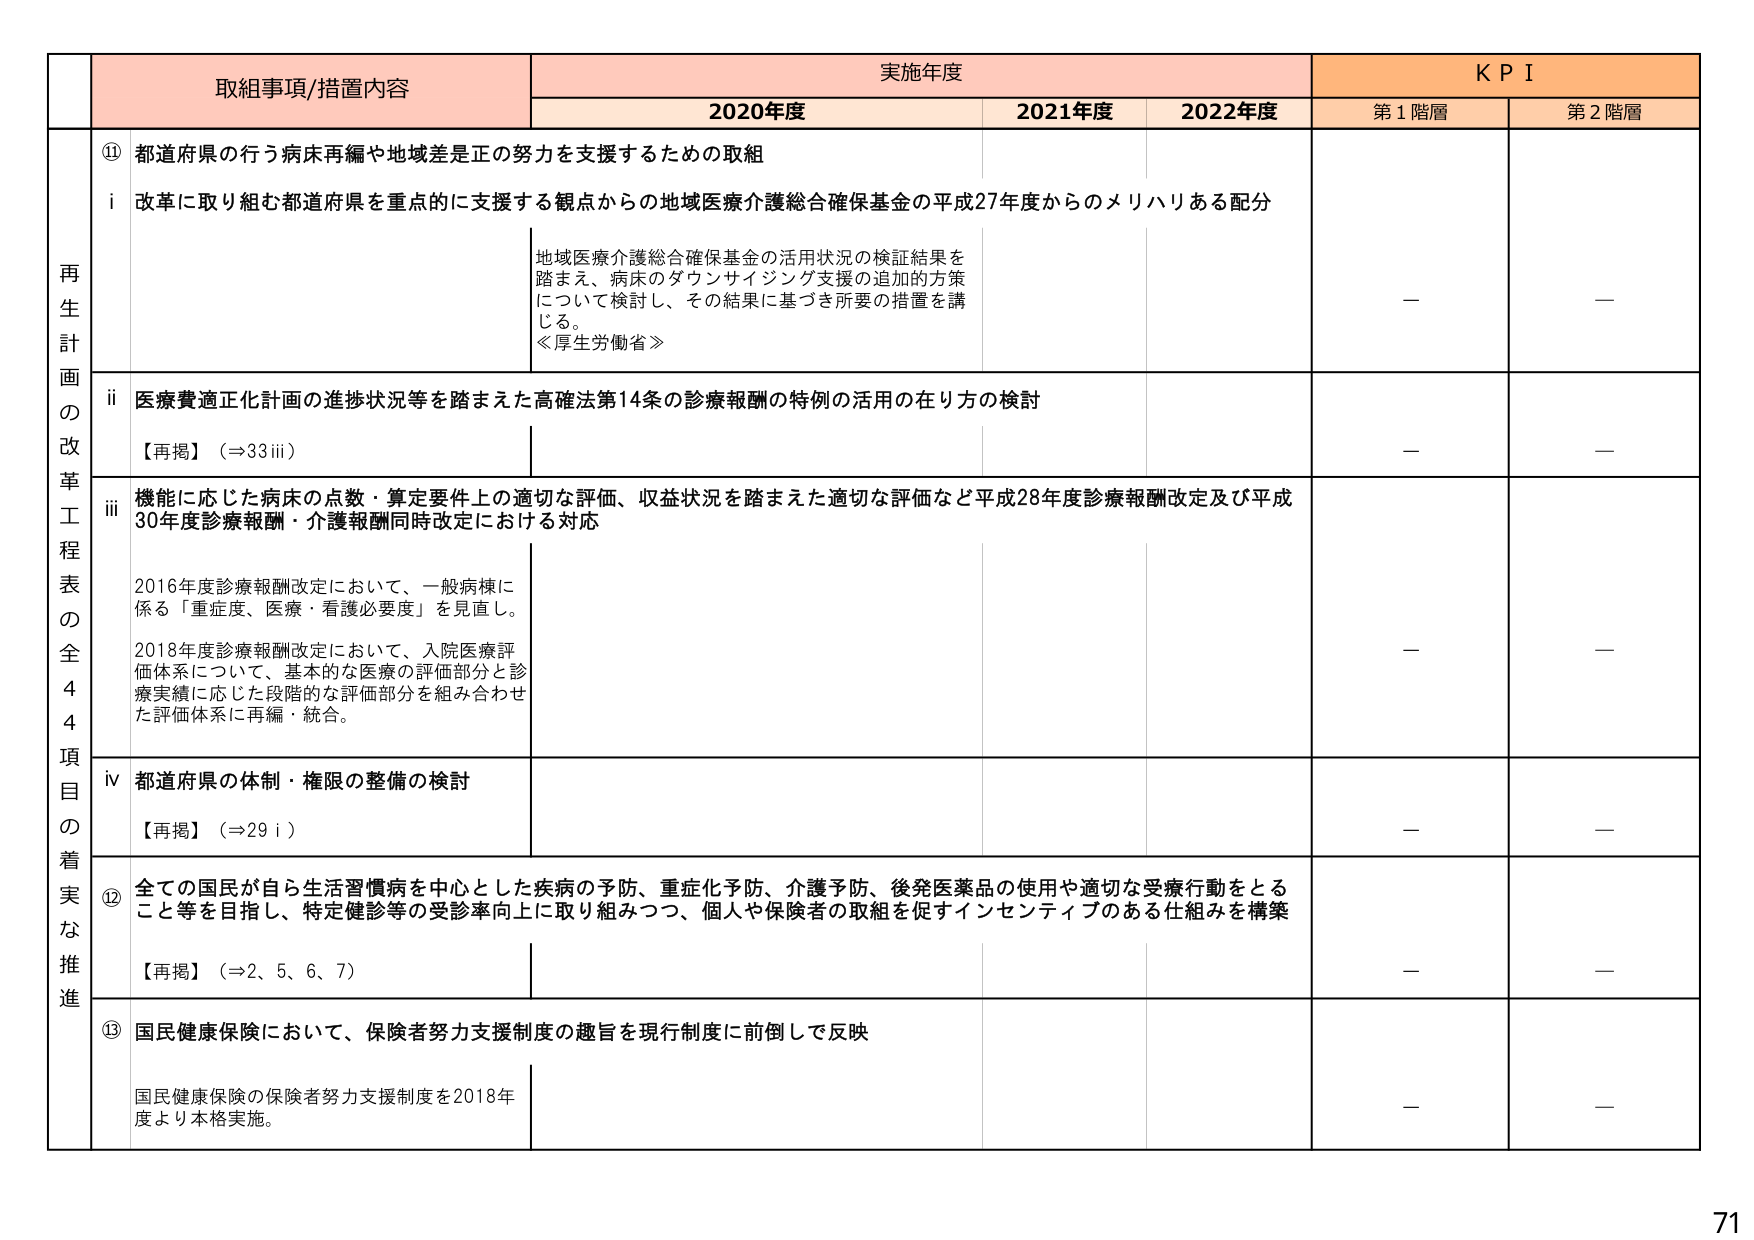
再生計画の改革工程表の全44項目の着実な推進

取組事項/措置内容

実施年度

KPI

2020年度

2021年度

2022年度

第1階層

第2階層

⑪ 都道府県の行う病床再編や地域差是正の努力を支援するための取組

i 改革に取り組む都道府県を重点的に支援する観点からの地域医療介護総合確保基金の平成27年度からのメリハリある配分

地域医療介護総合確保基金の活用状況の検証結果を踏まえ、病床のダウンサイジング支援の追加的方策について検討し、その結果に基づき所要の措置を講じる。
≪厚生労働省≫

—

—

ii 医療費適正化計画の進捗状況等を踏まえた高確法第14条の診療報酬の特例の活用の在り方の検討

【再掲】（⇒33iii）

—

—

iii 機能に応じた病床の点数・算定要件上の適切な評価、収益状況を踏まえた適切な評価など平成28年度診療報酬改定及び平成30年度診療報酬・介護報酬同時改定における対応

2016年度診療報酬改定において、一般病棟に係る「重症度、医療・看護必要度」を見直し。
2018年度診療報酬改定において、入院医療評価体系について、基本的な医療の評価部分と診療実績に応じた段階的な評価部分を組み合わせた評価体系に再編・統合。

—

—

iv 都道府県の体制・権限の整備の検討

【再掲】（⇒29i）

—

—

⑫ 全ての国民が自ら生活習慣病を中心とした疾病の予防、重症化予防、介護予防、後発医薬品の使用や適切な受療行動をとること等を目指し、特定健診等の受診率向上に取り組みつつ、個人や保険者の取組を促すインセンティブのある仕組みを構築

【再掲】（⇒2、5、6、7）

—

—

⑬ 国民健康保険において、保険者努力支援制度の趣旨を現行制度に前倒しで反映

国民健康保険の保険者努力支援制度を2018年度より本格実施。

—

—

71